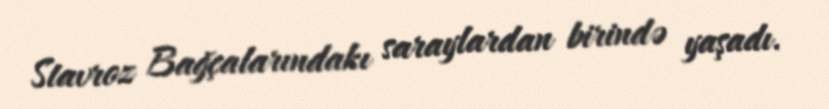
Stavroz Bağçalarındakı saraylardan birində yaşadı.